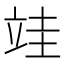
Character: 𮄭